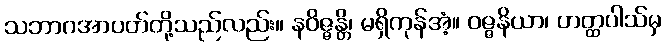
သဘာဂအာပတ်တို့သည်လည်း။ နဝိဇ္ဇန္တိ၊ မရှိကုန်အံ့။ ဝဇ္ဇနိယာ၊ ဟတ္ထပါသ်မှ